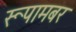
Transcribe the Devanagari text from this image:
रूपामबर